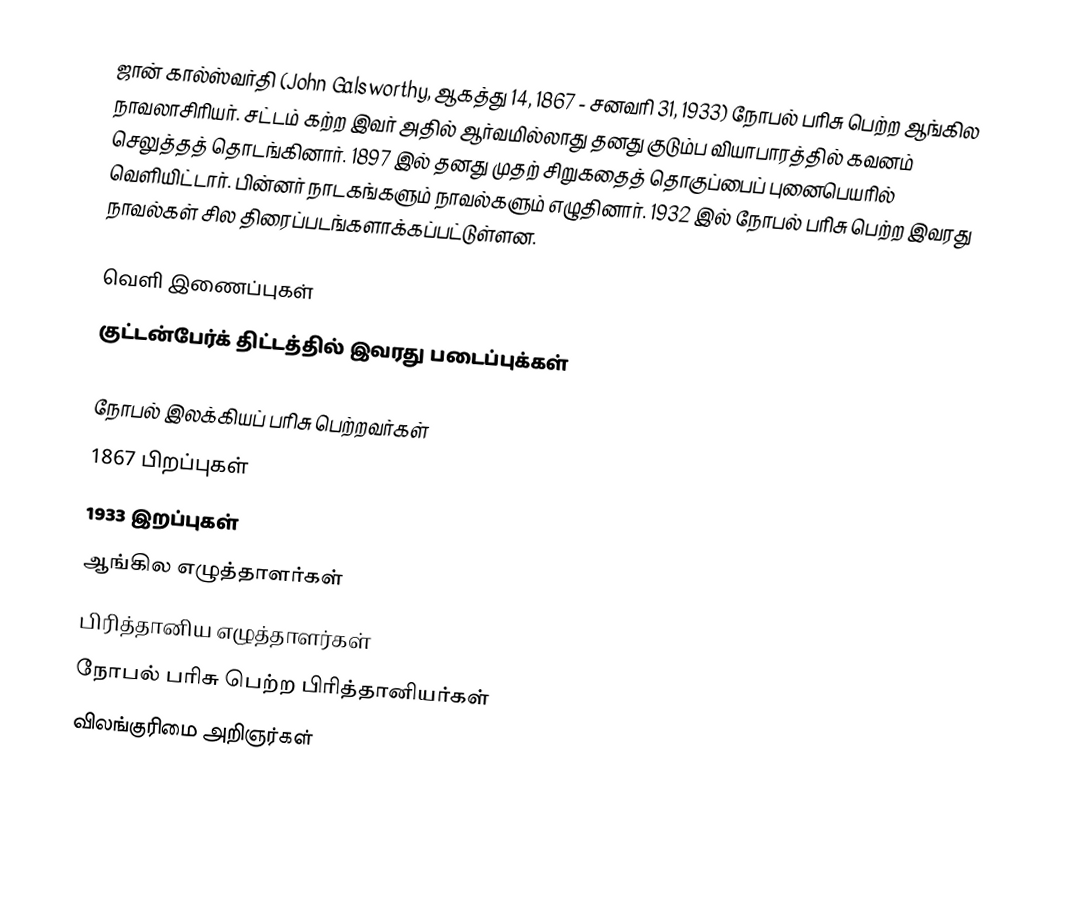
ஜான் கால்ஸ்வர்தி (John Galsworthy, ஆகத்து 14, 1867 - சனவரி 31, 1933) நோபல் பரிசு பெற்ற ஆங்கில நாவலாசிரியர். சட்டம் கற்ற இவர் அதில் ஆர்வமில்லாது தனது குடும்ப வியாபாரத்தில் கவனம் செலுத்தத் தொடங்கினார். 1897 இல் தனது முதற் சிறுகதைத் தொகுப்பைப் புனைபெயரில் வெளியிட்டார். பின்னர் நாடகங்களும் நாவல்களும் எழுதினார். 1932 இல் நோபல் பரிசு பெற்ற இவரது நாவல்கள் சில திரைப்படங்களாக்கப்பட்டுள்ளன.

வெளி இணைப்புகள்
 குட்டன்பேர்க் திட்டத்தில் இவரது படைப்புக்கள்

நோபல் இலக்கியப் பரிசு பெற்றவர்கள்
1867 பிறப்புகள்
1933 இறப்புகள்
ஆங்கில எழுத்தாளர்கள்
பிரித்தானிய எழுத்தாளர்கள்
நோபல் பரிசு பெற்ற பிரித்தானியர்கள்
விலங்குரிமை அறிஞர்கள்